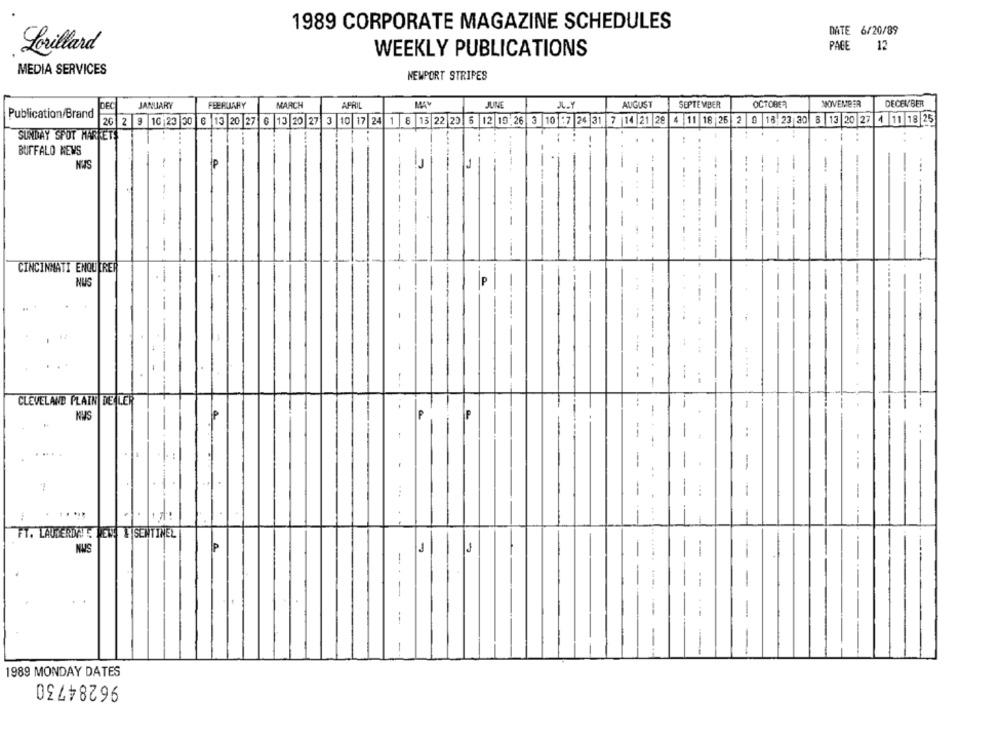
1989 CORPORATE MAGAZINE SCHEDULES
DATE 6/20/89
Lorillard
WEEKLY PUBLICATIONS
PAGE 12
MEDIA SERVICES
NEWPORT STRIPES
FEERLIARY
APRIL
J.Y
AUGUST
SEPTEMBER
OCTOBER
NOVEMBER
DECEMBER
DEC
JANUARY
MARCH
JUNE
Publication/Brand
20 2 9 16 23 30 6 13 20 27 6 13 20 27 3 10 17 24 1 8 13 22 23 5 12 19 26 3 10 :7 24 31 7 14 21 28 4 11 18 26 2 9 18 23 30 8 13 20 27 4 11 18 25
SUNDAY SPOT MARKETS
BUFFALO NEWS
44
HUS
-
----
--
--
-.
CINCINNATI ENQUIRE
NUS
--
.
-
-
.....
--
:
-
CLEVELAND PLAIN DE LER
..
--
P
P
-
..
....
-
--
-
...
-
-
FT. LAUDERDALE DEN & SENTINEL
NUS
-
-
-
-
-
-
1989 MONDAY DATES
96284730